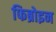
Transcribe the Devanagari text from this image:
फिब्रोइन